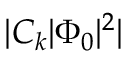
| C _ { k } | \Phi _ { 0 } | ^ { 2 } |